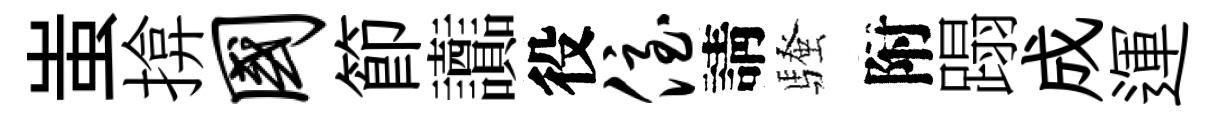
蚩揜国節讟役侄請騷附蹋成運